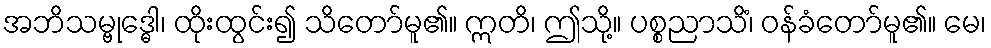
အဘိသမ္ဗုဒ္ဓေါ၊ ထိုးထွင်း၍ သိတော်မူ၏။ ဣတိ၊ ဤသို့။ ပစ္စညာသိံ၊ ဝန်ခံတော်မူ၏။ မေ၊